Leaving Certificate Examination, 1916
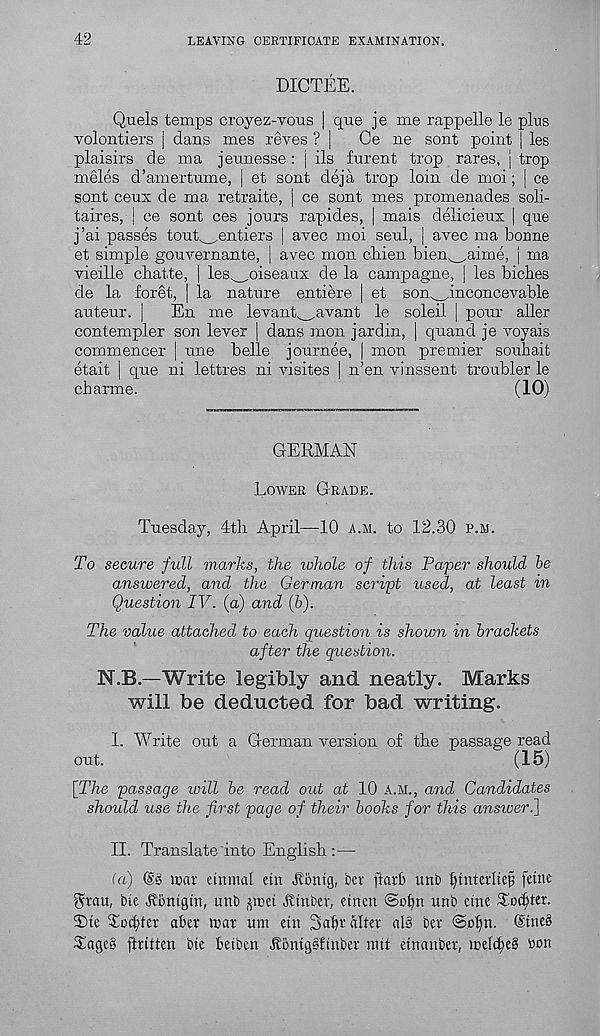
42
LEAVING CERTIFICATE EXAMINATION.
DICTEE.
Quels temps croyez-vous | que je me rappelle le plus
volontiers | dans mes reves ? |
Ce ne sent point | les
plaisirs de ma jeunesse : j ils furent trop rares, j trop
meles d’amertume, | et sont deja trop loin de moi; j ce
sont ceux de ma retraite, | ce sont mes promenades soli-
taires, | ce sont ces jours rapides, | mais delicieux | que
j’ai passes tout^entiers | avec moi seul, | avec ma bonne
et simple gouvernante, | avec mon cliien bien^airne, | ma
vieille ebatte, | les^oiseaux de la campagne, | les bicbes
de la foret, | la nature entiere | et son^inconcevable
auteur. ]
En me levant^avant le soleil | pour aller
contempler son lever ] dans mon jardin, | quand je voyais
commencer | une belle journee, | mon premier soubait
etait | que ni lettres ni visites | n’en vinssent troubler le
ebarme.
(10)
GERMAN
Lower Grade.
Tuesday, 4th April—10 a.m. to 12.30 p.m.
To secure full marks, the whole of this Paper should be
answered, and the German script used, at least in
Question IV. (a) and (b).
The value attached to each question is shown in brackets
after the question.
N.B.—Write legibly and neatly. Marks
will be deducted for bad writing.
I. Write out a German version of the passage read
out.
(15)
[The passage will be read out at 10 a.m., and Candidates
should use the first page of their books for this answer.]
II. Translate Into English :—
(a) ©8 luar etnmal etn Aonig, lev ft cub uni) fymtetliefs feme
grau, bte -ftonigm, uni) ^icet Amber, emeu ©ofyn unb etne Todjter.
T>te Totter aber mar uni etn 2>al)r alter al§ ber @ol)n. ©tne§
3iage§ ftritten bte betben AontgSf'mber mit etnanber, melc^eS bon